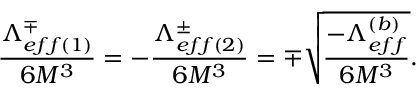
\frac { \Lambda _ { e f f ( 1 ) } ^ { \mp } } { 6 M ^ { 3 } } = - \frac { \Lambda _ { e f f ( 2 ) } ^ { \pm } } { 6 M ^ { 3 } } = \mp \sqrt { \frac { - \Lambda _ { e f f } ^ { ( b ) } } { 6 M ^ { 3 } } } .